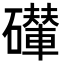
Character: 𥗇